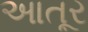
આતૂર